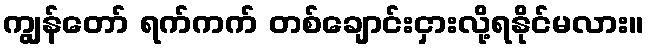
ကျွန်တော် ရက်ကက် တစ်ချောင်းငှားလို့ရနိုင်မလား။